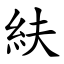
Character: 䊿